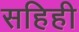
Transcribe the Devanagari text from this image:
सहिही